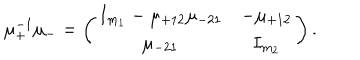
\mu _ { + } ^ { - 1 } \mu _ { - } = \left( \begin{array} { c c } { { I _ { m _ { 1 } } - \mu _ { + 1 2 } \mu _ { - 2 1 } } } & { { - \mu _ { + 1 2 } } } \\ { { \mu _ { - 2 1 } } } & { { I _ { m _ { 2 } } } } \\ \end{array} \right) .